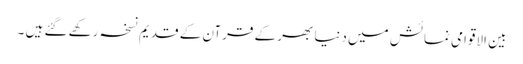
بین الاقوامی نمائش میں دنیا بھر کے قرآن کے قدیم نسخہ رکھے گئے ہیں ۔